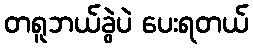
တရူဘယ်ခွဲပဲ ပေးရတယ်